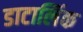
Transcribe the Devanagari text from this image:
डाटालिंक